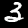
Digit: 3